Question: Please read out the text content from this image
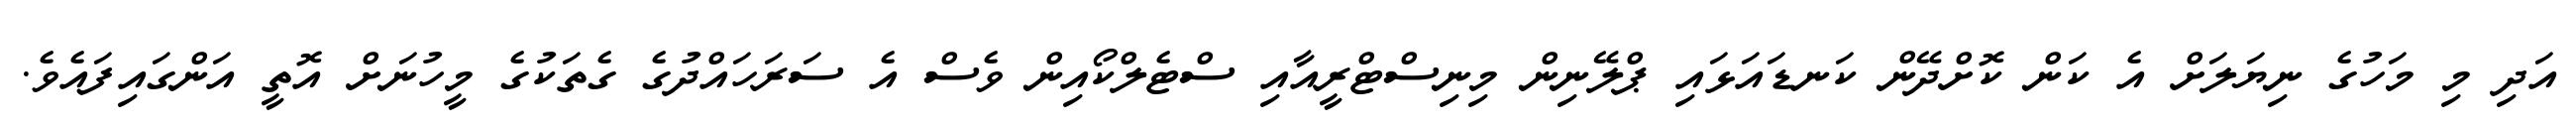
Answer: އަދި މި މަހުގެ ނިޔަލަށް އެ ކަން ކޮށްދޭން ކަނޑައަޅައި ޕްލޭނިން މިނިސްޓްރީއާއި ސްޓެލްކޯއިން ވެސް އެ ސަރަހައްދުގެ ގެތަކުގެ މީހުނަށް އޮތީ އަންގައިފައެވެ.